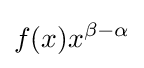
f(x)x^{\beta -\alpha }